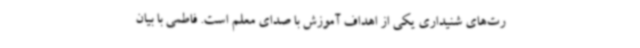
رت‌های شنیداری یکی از اهداف آموزش با صدای معلم است. فاطمی با بیان